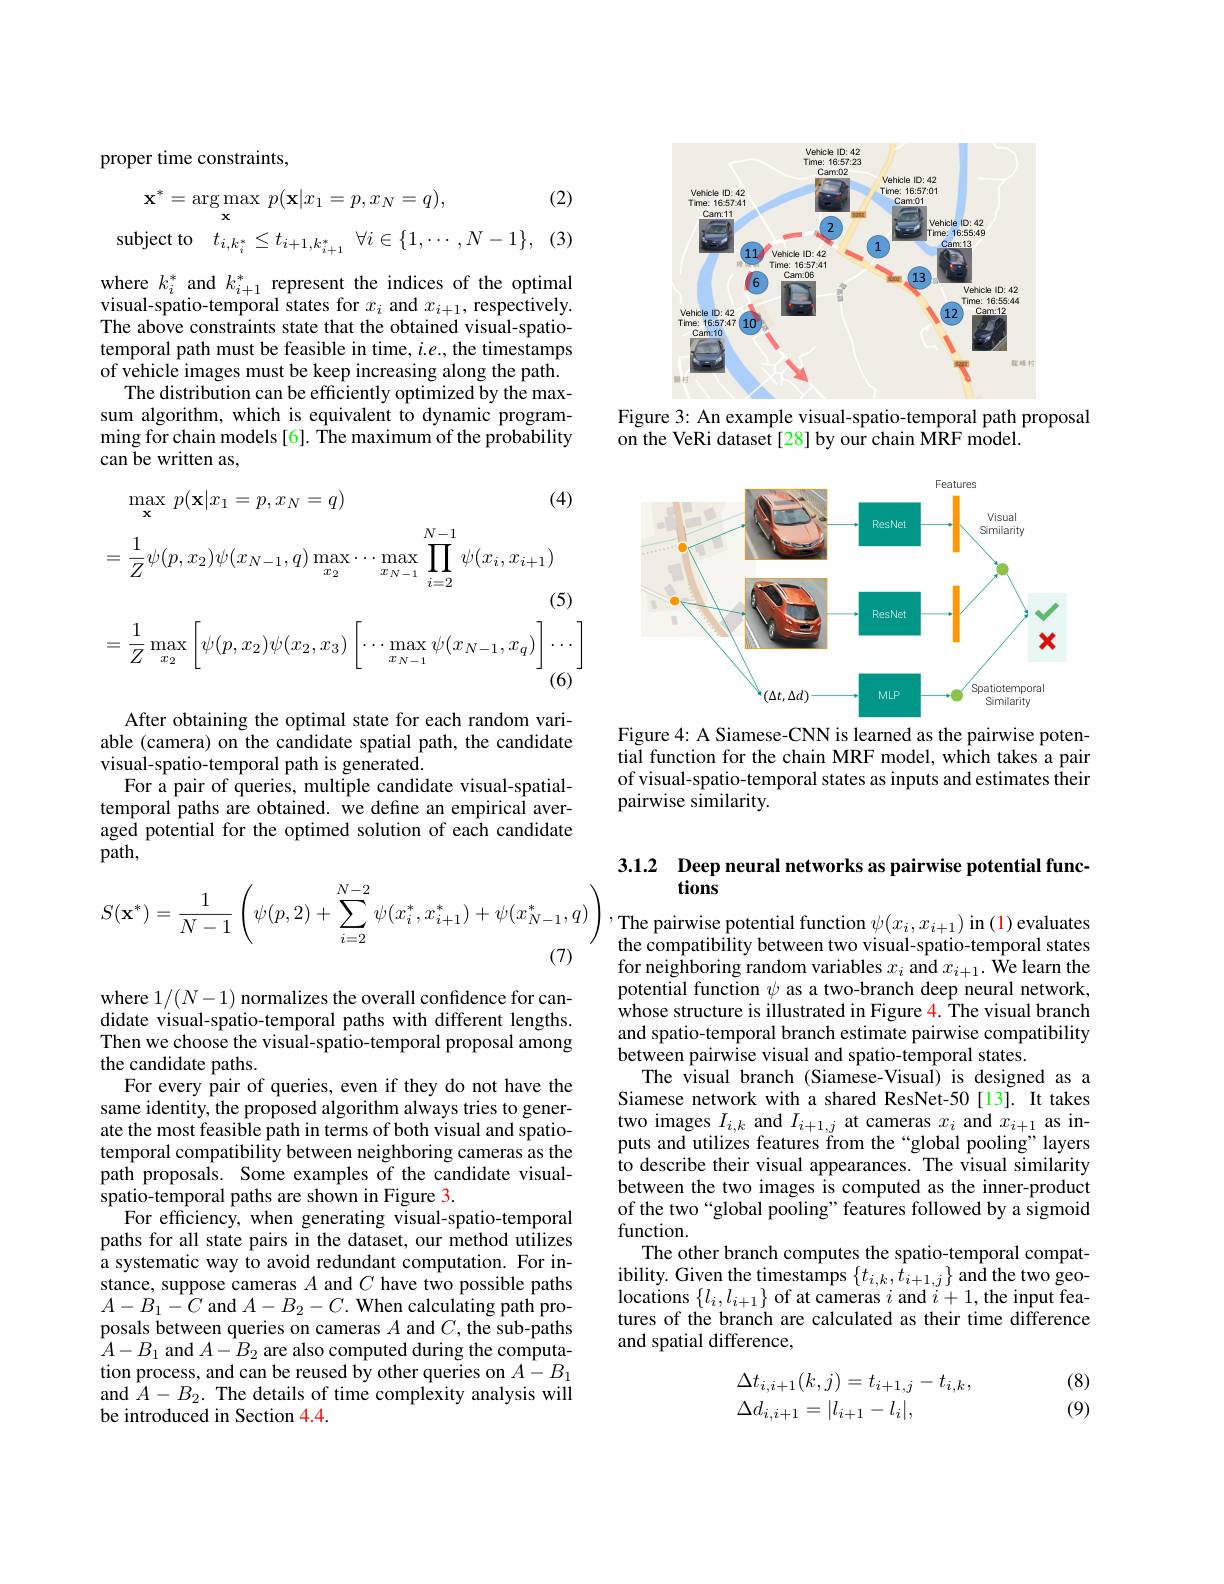
proper time constraints,

(2)
$$\mathbf{x}^{*}=\arg\operatorname*{max}_{\mathbf{x}}\:p(\mathbf{x}|x_{1}=p,x_{N}=q),\\\mathrm{subject~to}\quad t_{i,k_{i}^{*}}\leq t_{i+1,k_{i+1}^{*}}\:\forall i\in\{1,\cdots,N-1\},$$
(3)

where $k_i^*$ and $k_i+1^*$ represent the indices of the optimal visual-spatio-temporal states for $x_i$ and $x_i+1$, respectively. The above constraints state that the obtained visual-spatiotemporal path must be feasible in time, $i.e.$, the timestamps of vehicle images must be keep increasing along the path.
The distribution can be efficiently optimized by the maxsum algorithm, which is equivalent to dynamic programming for chain models [6]. The maximum of the probability can be written as,
$$\begin{aligned}&\max_{\mathbf{x}}\:p(\mathbf{x}|x_{1}=p,x_{N}=q)&\text{(4)}\\&=\frac{1}{Z}\psi(p,x_{2})\psi(x_{N-1},q)\max_{x_{2}}\cdots\max_{x_{N-1}}\prod_{i=2}^{N-1}\psi(x_{i},x_{i+1})\\&&\text{(5)}\\&=\frac{1}{Z}\max_{x_{2}}\left[\psi(p,x_{2})\psi(x_{2},x_{3})\left[\cdots\max_{x_{N-1}}\psi(x_{N-1},x_{q})\right]\cdots\right]\end{aligned}$$
After obtaining the optimal state for each random variable (camera) on the candidate spatial path, the candidate visual-spatio-temporal path is generated.
For a pair of queries, multiple candidate visual-spatialtemporal paths are obtained. we define an empirical averaged potential for the optimed solution of each candidate path,
$$S(\mathbf{x}^{*})=\frac{1}{N-1}\left(\psi(p,2)+\sum_{i=2}^{N-2}\psi(x_{i}^{*},x_{i+1}^{*})+\psi(x_{N-1}^{*},q)\right),$$
where $1/(N-1)$ normalizes the overall confidence for candidate visual-spatio-temporal paths with different lengths. Then we choose the visual-spatio-temporal proposal among the candidate paths.
For every pair of queries, even if they do not have the same identity, the proposed algorithm always tries to generate the most feasible path in terms of both visual and spatiotemporal compatibility between neighboring cameras as the path proposals. Some examples of the candidate visualspatio-temporal paths are shown in Figure 3.
For efficiency, when generating visual-spatio-temporal paths for all state pairs in the dataset, our method utilizes a systematic way to avoid redundant computation. For instance, suppose cameras $A$ and $C$ have two possible paths $A-B_{1}-C$ and $A-B_2-C.$ When calculating path proposals between queries on cameras $A$ and $C$, the sub-paths $A-B_{1}$ and $A-B_{2}$ are also computed during the computation process, and can be reused by other queries on $A-B_1$ and $A-B_2.$ The details of time complexity analysis will be introduced in Section 4.4.

<FigureHere>
Figure 3: An example visual-spatio-temporal path proposal

on the VeRi dataset[28] by our chain MRF model.

<FigureHere>

Figure 4: A Siamese-CNN is learned as the pairwise potential function for the chain MRF model, which takes a pair of visual-spatio-temporal states as inputs and estimates their pairwise similarity.

## 3.1.2 Deep neural networks as pairwise potential functions

,The pairwise potential function $\psi(x_{i},x_{i+1})$ in (1) evaluates the compatibility between two visual-spatio-temporal states for neighboring random variables $x_i$ and $x_i+1.$ We learn the potential function $\psi$ as a two-branch deep neural network, whose structure is illustrated in Figure 4. The visual branch and spatio-temporal branch estimate pairwise compatibility between pairwise visual and spatio-temporal states.
The visual branch (Siamese-Visual) is designed as a Siamese network with a shared ResNet-50[13]. It takes two images $I_{i,k}$ and $I_{i+1,j}$ at cameras $x_i$ and $x_{i+1}$ as inputs and utilizes features from the“global pooling”layers to describe their visual appearances. The visual similarity between the two images is computed as the inner-product of the two“global pooling”features followed by a sigmoid function.
The other branch computes the spatio-temporal compatibility. Given the timestamps $\{ t_{i, k}, \hat{t} _{i+ 1, j}\}$ and the two geolocations $\{l_{i},l_{i+1}\}$ of at cameras $i$ and $i+1$,the input features of the branch are calculated as their time difference and spatial difference,

(8)
$$\begin{array}{l}\Delta t_{i,i+1}(k,j)=t_{i+1,j}-t_{i,k},\\\Delta d_{i,i+1}=|l_{i+1}-l_i|,\end{array}$$
(9)